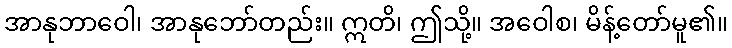
အာနုဘာဝေါ၊ အာနုဘော်တည်း။ ဣတိ၊ ဤသို့။ အဝေါစ၊ မိန့်တော်မူ၏။